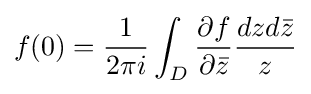
f(0)={\frac {1}{2\pi i}}\int _{D}{\frac {\partial f}{\partial {\bar {z}}}}{\frac {dzd{\bar {z}}}{z}}